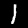
Digit: 1